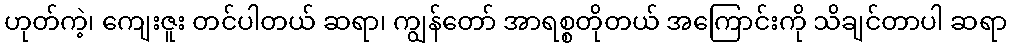
ဟုတ်ကဲ့၊ ကျေးဇူး တင်ပါတယ် ဆရာ၊ ကျွန်တော် အာရစ္စတိုတယ် အကြောင်းကို သိချင်တာပါ ဆရာ